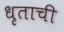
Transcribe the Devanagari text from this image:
धृताची